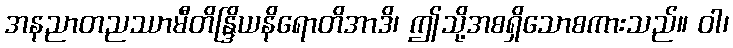
အနညာတညဿာမီတိန္ဒြိယနိရောတိအာဒိ၊ ဤသို့အစရှိသောစကားသည်။ ဝါ၊